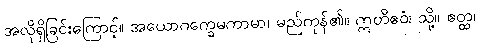
အလိုရှိခြင်းကြောင့်။ အယောဂက္ခေမကာမာ၊ မည်ကုန်၏။ ဣတိဧဝံ၊ သို့။ ဧတ္ထ၊